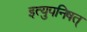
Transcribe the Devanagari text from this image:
इत्युपनिषत्‌